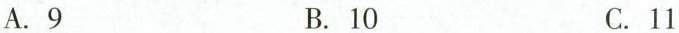
A.9 B.10 C.11